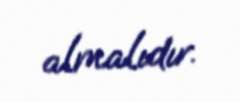
almalıdır.